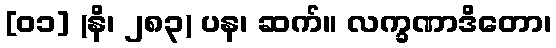
[၀၁] (နိ၊ ၂၈၃) ပန၊ ဆက်။ လက္ခဏာဒိတော၊